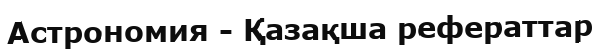
Астрономия - Қазақша рефераттар